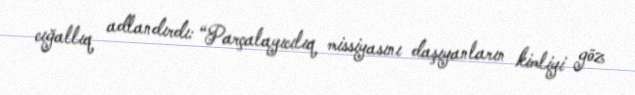
cığallıq adlandırdı: “Parçalayıcılıq missiyasını daşıyanların kimliyi göz